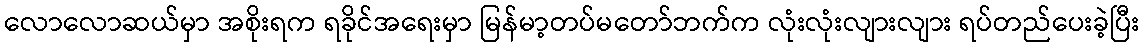
လောလောဆယ်မှာ အစိုးရက ရခိုင်အရေးမှာ မြန်မာ့တပ်မတော်ဘက်က လုံးလုံးလျားလျား ရပ်တည်ပေးခဲ့ပြီး